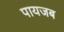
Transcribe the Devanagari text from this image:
पायजब